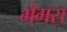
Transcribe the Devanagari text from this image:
भँगरा